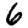
Digit: 6